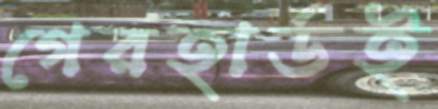
গেরহার্ডই